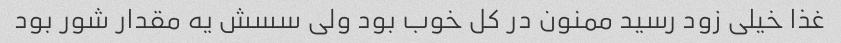
غذا خیلی زود رسید ممنون در کل خوب بود ولی سسش یه مقدار شور بود